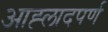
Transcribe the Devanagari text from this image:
आह्लादपर्ण